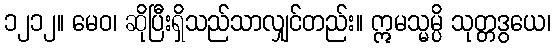
၁၂၁၂။ မေဝ၊ ဆိုပြီးရှိသည်သာလျှင်တည်း။ ဣမသ္မမ္ပိ သုတ္တဒွယေ၊